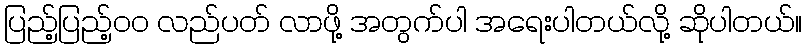
ပြည့်ပြည့်ဝဝ လည်ပတ် လာဖို့ အတွက်ပါ အရေးပါတယ်လို့ ဆိုပါတယ်။